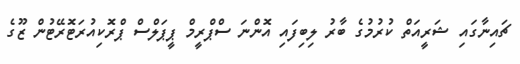
ޗައިނާގައި ޝަރީއަތް ކުރުމުގެ ބާރު ލިބިފައި އޮންނަ ސްޕްރީމް ޕީޕަލްސް ޕްރޮކިއުރަޓޮރޭޓުން ޒޫގެ